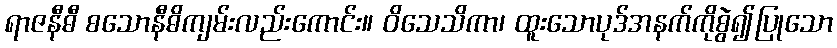
ရာဇနီဓီ စသောနီဓိကျမ်းလည်းကောင်း။ ဝိသေသိကာ၊ ထူးသောပုဒ်အနက်ကိုစွဲ၍ပြုသော